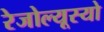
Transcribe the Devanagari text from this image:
रेजोल्यूस्यो